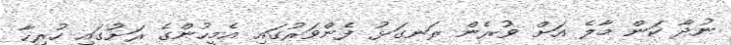
ނުދާ ކަން މާލެ އަށް ވުރެން ރަނގަޅު ފެންވަރުގައި އެމީހުންގެ ރަށުގައި ހުރިހާ